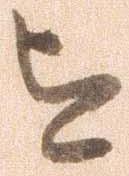
を